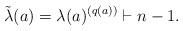
LaTeX: \begin{align*}\tilde{\lambda}(a)=\lambda(a)^{(q(a))}\vdash n-1.\end{align*}